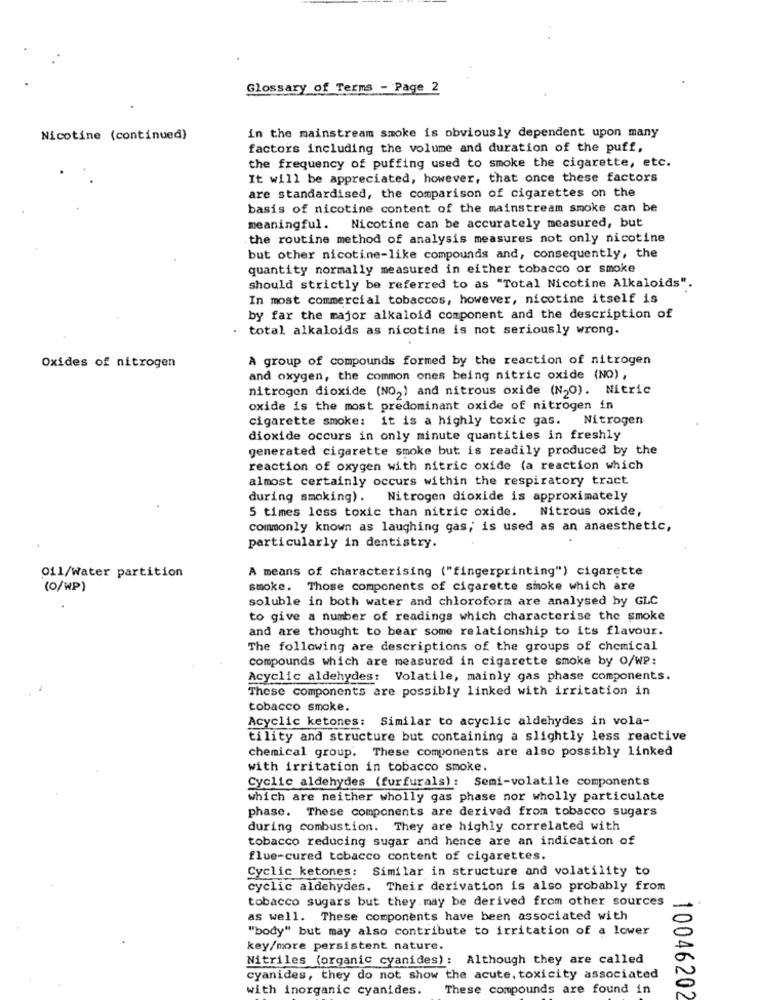
Glossary of Terms - Page 2
Nicotine (continued)
in the mainstream smoke is obviously dependent upon many
factors including the volume and duration of the puff,
the frequency of puffing used to smoke the cigarette, etc.
It will be appreciated, however, that once these factors
are standardised, the comparison of cigarettes on the
basis of nicotine content of the mainstream smoke can be
meaningful. Nicotine can be accurately measured, but
the routine method of analysis measures not only nicotine
but other nicotine-like compounds and, consequently, the
quantity normally measured in either tobacco or smoke
should strictly be referred to as "Total Nicotine Alkaloids".
In most commercial tobaccos, however, nicotine itself is
by far the major alkaloid component and the description of
total alkaloids as nicotine is not seriously wrong.
A group of compounds formed by the reaction of nitrogen
Oxides of nitrogen
and oxygen, the common ones being nitric oxide (NO) ,
nitrogen dioxide (NO2) and nitrous oxide (N20). Nitric
oxide is the most predominant oxide of nitrogen in
cigarette smoke: it is a highly toxic gas. Nitrogen
dioxide occurs in only minute quantities in freshly
generated cigarette smoke but is readily produced by the
reaction of oxygen with nitric oxide (a reaction which
almost certainly occurs within the respiratory tract
during smoking). Nitrogen dioxide is approximately
5 times less toxic than nitric oxide. Nitrous oxide,
commonly known as laughing gas; is used as an anaesthetic,
particularly in dentistry.
Oil/water partition
A means of characterising ("fingerprinting") cigarette
(O/WP)
smoke. Those components of cigarette smoke which are
soluble in both water and chloroform are analysed by GLC
to give a number of readings which characterise the smoke
and are thought to bear some relationship to its flavour.
The following are descriptions of the groups of chemical
compounds which are measured in cigarette smoke by O/WP:
Acyclic aldehydes: Volatile, mainly gas phase components.
These components are possibly linked with irritation in
tobacco smoke.
Acyclic ketones: Similar to acyclic aldehydes in vola-
tility and structure but containing a slightly less reactive
chemical group. These components are also possibly linked
with irritation in tobacco smoke.
Cyclic aldehydes (furfurals): Semi-volatile components
which are neither wholly gas phase nor wholly particulate
phase. These components are derived from tobacco sugars
during combustion. They are highly correlated with
tobacco reducing sugar and hence are an indication of
flue-cured tobacco content of cigarettes.
Cyclic ketones: Similar in structure and volatility to
cyclic aldehydes. Their derivation is also probably from
tobacco sugars but they may be derived from other sources
as well. These components have been associated with
"body" but may also contribute to irritation of a lower
key/more persistent nature.
Nitriles (organic cyanides): Although they are called
cyanides, they do not show the acute, toxicity associated
with inorganic cyanides.
These compounds are found in
10046202